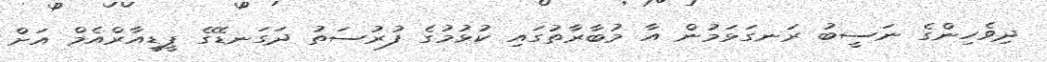
ދިވެހިންގެ ނަސީބު ރަނގަޅަމުން އާ މުބާރާތުގައި ކުޅުމުގެ ފުރުސަތު ދަގަނޑޭގެ ޕީޑީއާރްއެމް އަށް